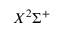
X ^ { 2 } \Sigma ^ { + }